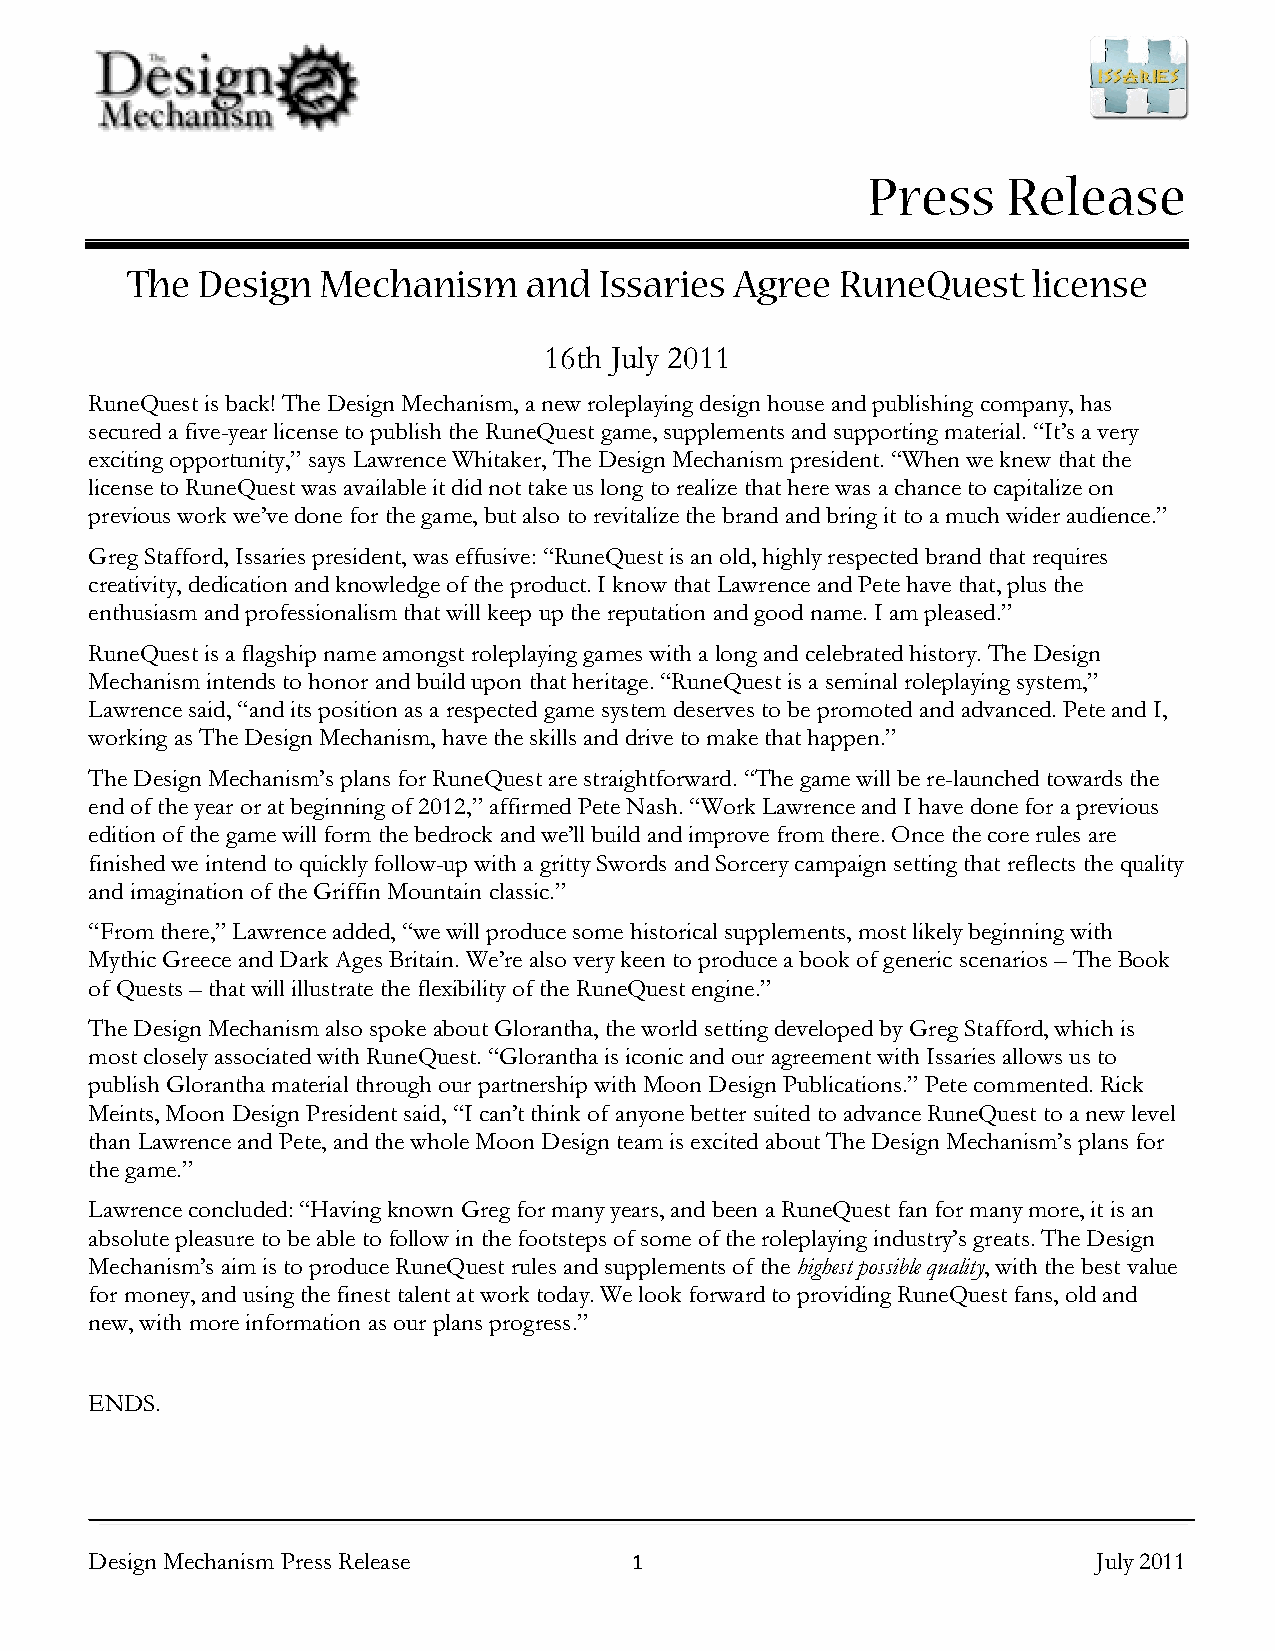
Press     Release
 The  Design  Mechanism     and  Issaries Agree  RuneQuest   license
 16th July 2011
 RuneQuest is back! The Design Mechanism, a new roleplaying design house and publishing company, has
 secured a five-year license to publish the RuneQuest game, supplements and supporting material. “It’s a very
 exciting opportunity,” says Lawrence Whitaker, The Design Mechanism president. “When we knew that the
 license to RuneQuest was available it did not take us long to realize that here was a chance to capitalize on
 previous work we’ve done for the game, but also to revitalize the brand and bring it to a much wider audience.”
 Greg Stafford, Issaries president, was effusive: “RuneQuest is an old, highly respected brand that requires
 creativity, dedication and knowledge of the product. I know that Lawrence and Pete have that, plus the
 enthusiasm and professionalism that will keep up the reputation and good name. I am pleased.”
 RuneQuest is a flagship name amongst roleplaying games with a long and celebrated history. The Design
 Mechanism intends to honor and build upon that heritage. “RuneQuest is a seminal roleplaying system,”
 Lawrence said, “and its position as a respected game system deserves to be promoted and advanced. Pete and I,
 working as The Design Mechanism, have the skills and drive to make that happen.”
 The Design Mechanism’s plans for RuneQuest are straightforward. “The game will be re-launched towards the
 end of the year or at beginning of 2012,” affirmed Pete Nash. “Work Lawrence and I have done for a previous
 edition of the game will form the bedrock and we’ll build and improve from there. Once the core rules are
 finished we intend to quickly follow-up with a gritty Swords and Sorcery campaign setting that reflects the quality
 and imagination of the Griffin Mountain classic.”
 “From there,” Lawrence added, “we will produce some historical supplements, most likely beginning with
 Mythic Greece and Dark Ages Britain. We’re also very keen to produce a book of generic scenarios – The Book
 of Quests – that will illustrate the flexibility of the RuneQuest engine.”
 The Design Mechanism also spoke about Glorantha, the world setting developed by Greg Stafford, which is
 most closely associated with RuneQuest. “Glorantha is iconic and our agreement with Issaries allows us to
 publish Glorantha material through our partnership with Moon Design Publications.” Pete commented. Rick
 Meints, Moon Design President said, “I can’t think of anyone better suited to advance RuneQuest to a new level
 than Lawrence and Pete, and the whole Moon Design team is excited about The Design Mechanism’s plans for
 the game.”
 Lawrence concluded: “Having known Greg for many years, and been a RuneQuest fan for many more, it is an
 absolute pleasure to be able to follow in the footsteps of some of the roleplaying industry’s greats. The Design
 Mechanism’s aim is to produce RuneQuest rules and supplements of the highest possible quality, with the best value
 for money, and using the finest talent at work today. We look forward to providing RuneQuest fans, old and
 new, with more information as our plans progress.”
 ENDS.
 Design Mechanism Press Release      1                              July 2011